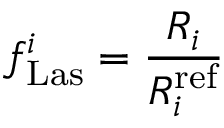
f _ { \mathrm { L a s } } ^ { i } = \frac { R _ { i } } { R _ { i } ^ { \mathrm { r e f } } }